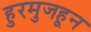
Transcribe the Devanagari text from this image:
हुरमुजहून